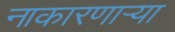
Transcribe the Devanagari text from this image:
नाकारणाऱ्या